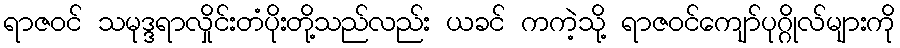
ရာဇဝင် သမုဒ္ဒရာလှိုင်းတံပိုးတို့သည်လည်း ယခင် ကကဲ့သို့ ရာဇဝင်ကျော်ပုဂ္ဂိုလ်များကို